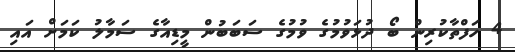
4 ހަފްތާކުރިން ބޯ ދުޅަވުމުގެ ވުމުގެ ސަބަބުން މީޑިއާގެ ސަމާލު ކަމަށް އައި